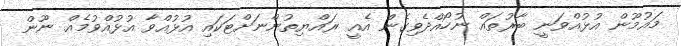
މައުމޫން އުޅުއްވަނީ ބާރުތައް ނުހޯއްދެވިގެން އެއީ ރައްޔިތުންނަށްޓަކައި އުޅުއްވާ އުޅުއްވުމެއް ނޫން